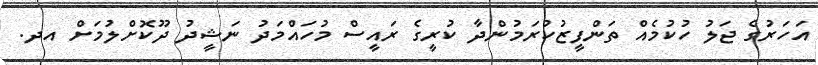
އަހަރުގެ ޖަލު ހުކުމެއް ތަންފީޒުކުރަމުންދާ ކުރީގެ ރައީސް މުހައްމަދު ނަޝީދު ދޫކޮށްލުމަށް އދ.